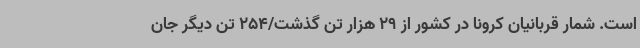
است. شمار قربانیان کرونا در کشور از 29 هزار تن گذشت/254 تن دیگر جان